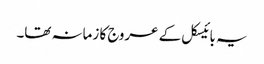
یہ بائیسکل کے عروج کا زمانہ تھا۔